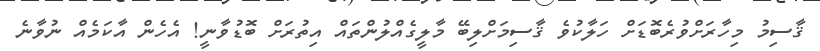
ޤާސިމު މިހާރަށްވުރެބޮޑަށް ހަލާކުވެ ޤާސިމަށްލިބޭ މާލީގެއްލުންތައް އިތުރަށް ބޮޑުވާނީ! އެހެން އާކަމެއް ނުވާނެ